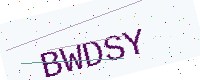
Text: BWDSY